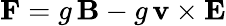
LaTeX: \mathbf{F}=g\, \mathbf{B}-g\, \mathbf{v}\times\mathbf{E}